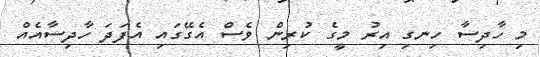
މި ހާދިސާ ހިނގި އިރު މީގެ ކުރިން ވެސް އެގޭގައި އެފަދަ ހާދިސާއެއް